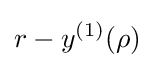
r-y^{(1)}(\rho )